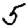
Digit: 5